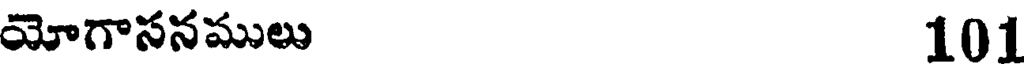
యోగాసనములు 101